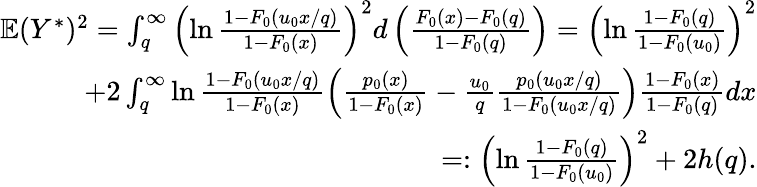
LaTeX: \begin{array}{r}{\mathbb{E}(Y^{\ast})^{2}=\int_{q}^{\infty}\left(\ln\frac{1-F_{0}(u_{0}x/q)}{1-F_{0}(x)}\right)^{2}d\left(\frac{F_{0}(x)-F_{0}(q)}{1-F_{0}(q)}\right)=\left(\ln\frac{1-F_{0}(q)}{1-F_{0}(u_{0})}\right)^{2}}\\ {+2\int_{q}^{\infty}\ln\frac{1-F_{0}(u_{0}x/q)}{1-F_{0}(x)}\left(\frac{p_{0}(x)}{1-F_{0}(x)}-\frac{u_{0}}{q}\frac{p_{0}(u_{0}x/q)}{1-F_{0}(u_{0}x/q)}\right)\frac{1-F_{0}(x)}{1-F_{0}(q)}dx}\\ {=:\left(\ln\frac{1-F_{0}(q)}{1-F_{0}(u_{0})}\right)^{2}+2h(q).}\end{array}